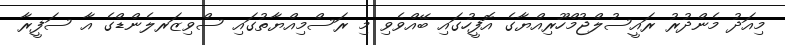
މިއަދު މެންދުރު ރައީސުލްޖުމްހޫރިއްޔާގެ އޮފީހުގައި ބޭއްވެވި މި ރަސްމިއްޔާތުގައި ސްވިޒަރލެންޑްގެ އާ ސަފީރާ